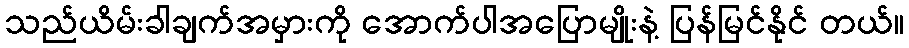
သည်ယိမ်းခါချက်အမှားကို အောက်ပါအပြောမျိုးနဲ့ ပြန်မြင်နိုင် တယ်။